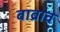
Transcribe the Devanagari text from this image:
बाब्राव